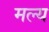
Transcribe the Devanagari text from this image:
मल्य